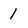
Character: 1